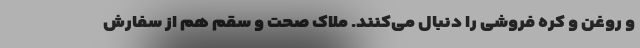
و روغن و کره فروشی را دنبال می‌کنند. ملاک صحت و سقم هم از سفارش ِ